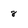
Character: 8